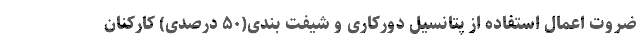
ضروت اعمال استفاده از پتانسیل دورکاری و شیفت بندی(۵۰ درصدی) کارکنان